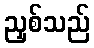
ညှစ်သည်